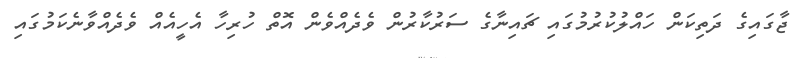
ޖާގައިގެ ދަތިކަން ހައްލުކުރުމުގައި ޗައިނާގެ ސަރުކާރުން ވެދެއްވެން އޮތް ހުރިހާ އެހީއެއް ވެދެއްވާނެކަމުގައި